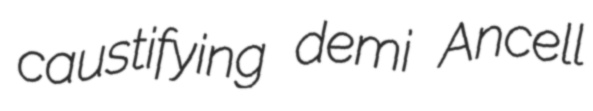
caustifying demi Ancell